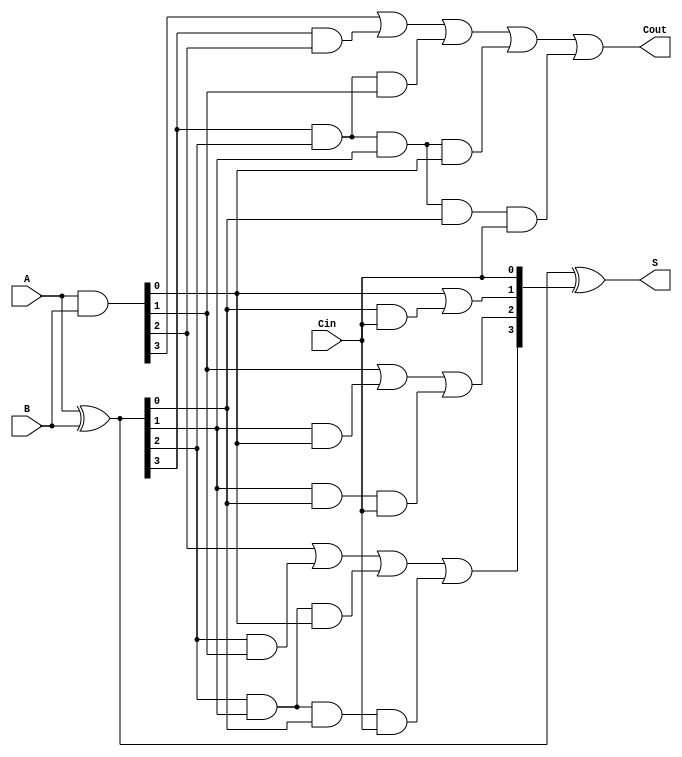
module sklansky_adder #(parameter n = 4) (
    input [n-1:0] A,
    input [n-1:0] B,
    input Cin,
    output [n-1:0] S,
    output Cout
);

    // Generate and propagate signals
    wire [n-1:0] G; // Generate
    wire [n-1:0] P; // Propagate
    wire [n:0] C;   // Carry signals

    // Generate and Propagate calculations
    assign G = A & B;           // Generate: G[i] = A[i] & B[i]
    assign P = A ^ B;           // Propagate: P[i] = A[i] ^ B[i]

    // Carry generation (Sklansky structure)
    assign C[0] = Cin;          // Initial carry in
    assign C[1] = G[0] | (P[0] & Cin);
    
    assign C[2] = G[1] | (P[1] & G[0]) | (P[1] & P[0] & Cin);
    assign C[3] = G[2] | (P[2] & G[1]) | (P[2] & P[1] & G[0]) | (P[2] & P[1] & P[0] & Cin);
    assign C[4] = G[3] | (P[3] & G[2]) | (P[3] & P[2] & G[1]) | (P[3] & P[2] & P[1] & G[0]) | (P[3] & P[2] & P[1] & P[0] & Cin);

    // Final sum calculation
    assign S = P ^ C[n-1:0];    // Sum: S[i] = P[i] ^ C[i]

    // Carry out
    assign Cout = C[n];

endmodule